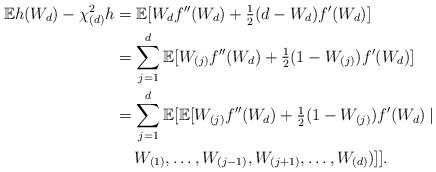
LaTeX: \begin{align*}\mathbb{E}h(W_d)-\chi^2_{(d)}h&=\mathbb{E}[W_df''(W_d)+\tfrac{1}{2}(d-W_d)f'(W_d)] \\&=\sum_{j=1}^d\mathbb{E}[W_{(j)}f''(W_d)+\tfrac{1}{2}(1-W_{(j)})f'(W_d)] \\&=\sum_{j=1}^d\mathbb{E}[\mathbb{E}[W_{(j)}f''(W_d)+\tfrac{1}{2}(1-W_{(j)})f'(W_d) \: | \\&\quad\: W_{(1)},\ldots,W_{(j-1)},W_{(j+1)},\ldots,W_{(d)})]]. \end{align*}